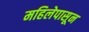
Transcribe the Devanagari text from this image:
महिलेपासून